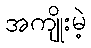
အကျိုးမဲ့